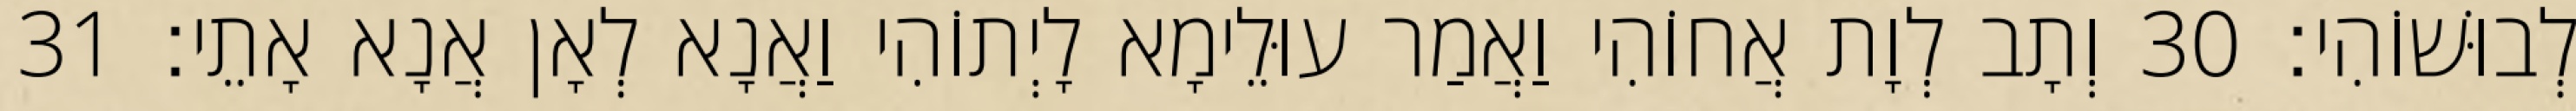
לְבוּשׁוֹהִי׃ 30 וְתָב לְוָת אֲחוֹהִי וַאֲמַר עוּלֵימָא לָיְתוֹהִי וַאֲנָא לְאָן אֲנָא אָתֵי׃ 31